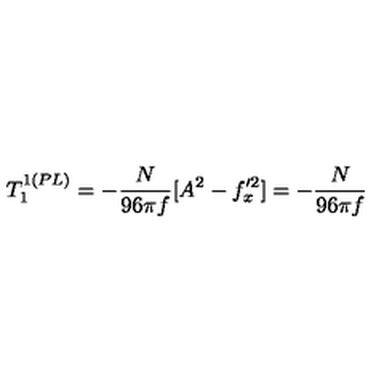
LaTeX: T _ { 1 } ^ { 1 ( P L ) } = - \frac { N } { 9 6 \pi f } [ A ^ { 2 } - f _ { x } ^ { \prime 2 } ] = - \frac { N } { 9 6 \pi f }